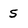
Character: 5